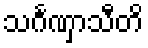
သင်္ဂဏှာသီတိ